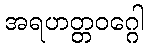
အရဟတ္တဝဂ္ဂေါ